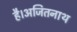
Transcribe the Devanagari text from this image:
है।अजितनाथ